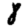
Digit: 8